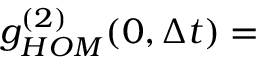
g _ { H O M } ^ { ( 2 ) } ( 0 , \Delta t ) =